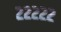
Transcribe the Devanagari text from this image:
२२२२२